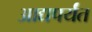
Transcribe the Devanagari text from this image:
आद्यपर्यंत